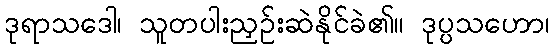
ဒုရာသဒေါ၊ သူတပါးညှဉ်းဆဲနိုင်ခဲ၏။ ဒုပ္ပသဟော၊